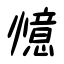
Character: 憶